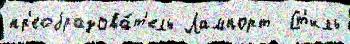
пр'еобразова́т'ель Лампорт  Ст'иль